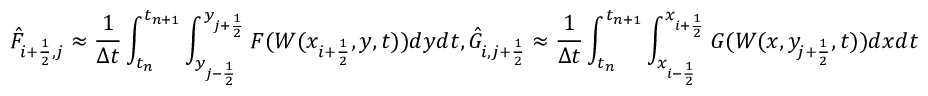
\Hat F _ { i + \frac { 1 } { 2 } , j } \approx \frac { 1 } { \Delta t } \int _ { t _ { n } } ^ { t _ { n + 1 } } \int _ { y _ { j - \frac { 1 } { 2 } } } ^ { y _ { j + \frac { 1 } { 2 } } } F ( W ( x _ { i + \frac { 1 } { 2 } } , y , t ) ) d y d t , \Hat G _ { i , j + \frac { 1 } { 2 } } \approx \frac { 1 } { \Delta t } \int _ { t _ { n } } ^ { t _ { n + 1 } } \int _ { x _ { i - \frac { 1 } { 2 } } } ^ { x _ { i + \frac { 1 } { 2 } } } G ( W ( x , y _ { j + \frac { 1 } { 2 } } , t ) ) d x d t